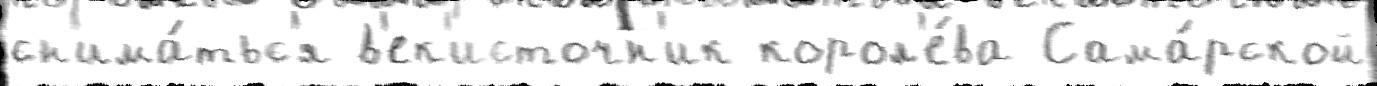
сн'има́тьс'я в'ек'источн'ик корол'е́ва Сама́рской